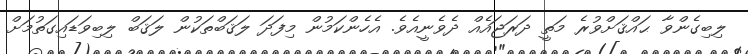
ލިބިގެންވާ ޙައްޤަށްވުރެ މަތީ ދަރަޖައެއް ދެވެނީއެވެ. އެހެންކަމުން މިފަދަ ލަޤަބްތަކުން ލަޤަބް ލިބިވަޑައިގަތުމަށް